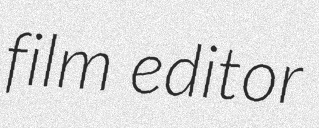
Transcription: film editor